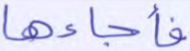
فأجاءها